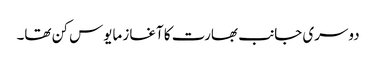
دوسری جانب بھارت کا آغاز مایوس کن تھا۔